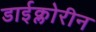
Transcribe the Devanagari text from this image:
डाईक्लोरीन